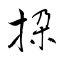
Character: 挅